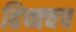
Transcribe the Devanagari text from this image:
हिच्चचच